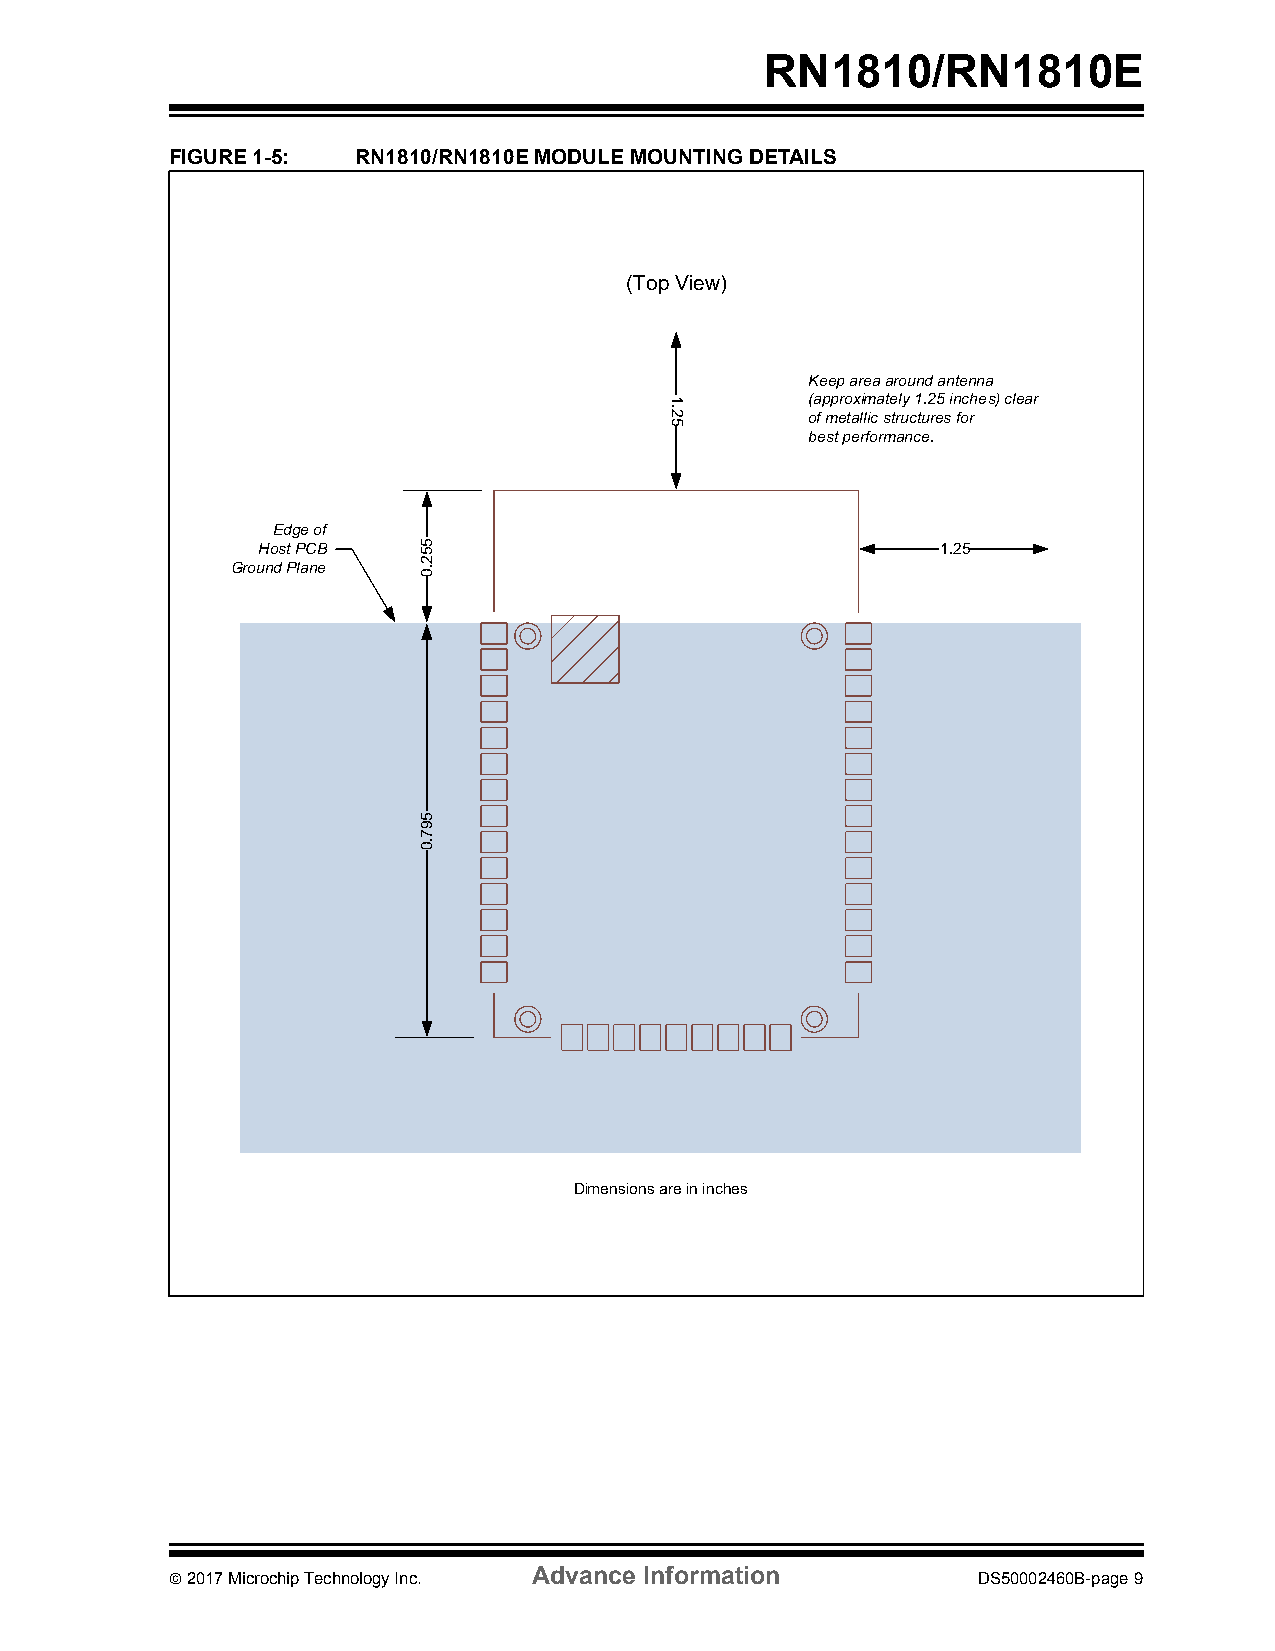
RN1810/RN1810E
 FIGURE 1-5:  RN1810/RN1810E MODULE MOUNTING DETAILS
 (Top View)
 Keep area around antenna
 (approximately 1.25 inches) clear
 of metallic structures for
 best performance.
 Edge of
 Host PCB                                     1.25
 Ground Plane
 Dimensions are in inches
 Advance Information
  2017 Microchip Technology Inc.                      DS50002460B-page 9
 552.0
 597.0
 1.25